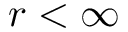
r < \infty